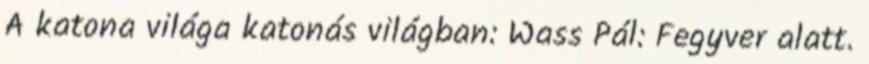
A katona világa katonás világban: Wass Pál: Fegyver alatt.